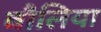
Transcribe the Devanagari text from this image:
बौलिया